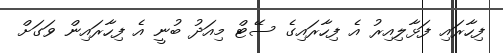
ފިހާރައި ފަޅާލިއިރު އެ ފިހާރައިގެ ސޭޓް މިއަދު ބުނީ އެ ފިހާރައިން ވަގަށް